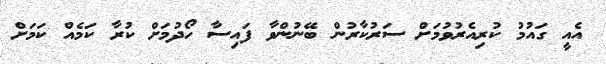
އެއީ ގައުމު ކުރިއެރުވުމަށް ސަރުކާރުން ބޭނުންވާ ފައިސާ ހޯދުމަށް ކުރާ ކަމެއް ކަމަށް